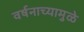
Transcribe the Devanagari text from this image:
वर्षनाच्यामुळे